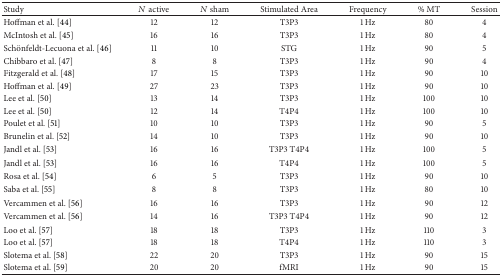
<table><thead><tr><td><b>Study</b></td><td><b><i>N</i> active</b></td><td><b><i>N</i> sham</b></td><td><b>Stimulated Area</b></td><td><b>Frequency</b></td><td><b>% MT</b></td><td><b>Session</b></td></tr></thead><tbody><tr><td>Hoffman et al. [44]</td><td>12</td><td>12</td><td>T3P3</td><td>1 Hz</td><td>80</td><td>4</td></tr><tr><td>McIntosh et al. [45]</td><td>16</td><td>16</td><td>T3P3</td><td>1 Hz</td><td>80</td><td>4</td></tr><tr><td>Schönfeldt-Lecuona et al. [46]</td><td>11</td><td>10</td><td>STG</td><td>1 Hz</td><td>90</td><td>5</td></tr><tr><td>Chibbaro et al. [47]</td><td>8</td><td>8</td><td>T3P3</td><td>1 Hz</td><td>90</td><td>4</td></tr><tr><td>Fitzgerald et al. [48]</td><td>17</td><td>15</td><td>T3P3</td><td>1 Hz</td><td>90</td><td>10</td></tr><tr><td>Hoffman et al. [49]</td><td>27</td><td>23</td><td>T3P3</td><td>1 Hz</td><td>90</td><td>10</td></tr><tr><td>Lee et al. [50]</td><td>13</td><td>14</td><td>T3P3</td><td>1 Hz</td><td>100</td><td>10</td></tr><tr><td>Lee et al. [50]</td><td>12</td><td>14</td><td>T4P4</td><td>1 Hz</td><td>100</td><td>10</td></tr><tr><td>Poulet et al. [51]</td><td>10</td><td>10</td><td>T3P3</td><td>1 Hz</td><td>90</td><td>5</td></tr><tr><td>Brunelin et al. [52]</td><td>14</td><td>10</td><td>T3P3</td><td>1 Hz</td><td>90</td><td>10</td></tr><tr><td>Jandl et al. [53]</td><td>16</td><td>16</td><td>T3P3 T4P4</td><td>1 Hz</td><td>100</td><td>5</td></tr><tr><td>Jandl et al. [53]</td><td>16</td><td>16</td><td>T4P4</td><td>1 Hz</td><td>100</td><td>5</td></tr><tr><td>Rosa et al. [54]</td><td>6</td><td>5</td><td>T3P3</td><td>1 Hz</td><td>90</td><td>10</td></tr><tr><td>Saba et al. [55]</td><td>8</td><td>8</td><td>T3P3</td><td>1 Hz</td><td>80</td><td>10</td></tr><tr><td>Vercammen et al. [56]</td><td>16</td><td>16</td><td>T3P3</td><td>1 Hz</td><td>90</td><td>12</td></tr><tr><td>Vercammen et al. [56]</td><td>14</td><td>16</td><td>T3P3 T4P4</td><td>1 Hz</td><td>90</td><td>12</td></tr><tr><td>Loo et al. [57]</td><td>18</td><td>18</td><td>T3P3</td><td>1 Hz</td><td>110</td><td>3</td></tr><tr><td>Loo et al. [57]</td><td>18</td><td>18</td><td>T4P4</td><td>1 Hz</td><td>110</td><td>3</td></tr><tr><td>Slotema et al. [58]</td><td>22</td><td>20</td><td>T3P3</td><td>1 Hz</td><td>90</td><td>15</td></tr><tr><td>Slotema et al. [59]</td><td>20</td><td>20</td><td>fMRI</td><td>1 Hz</td><td>90</td><td>15</td></tr></tbody></table>